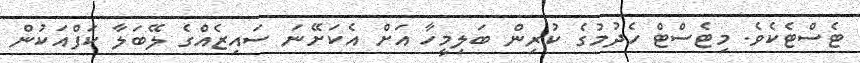
ޓެސްޓެކެވެ. މިޓެސްޓް ހެދުމުގެ ކުރިން ބަލިމީހާ އަށް އެކަށޭނަ ސައިޒެއްްގެ ލޭބަލާ ކަފްއަކުން